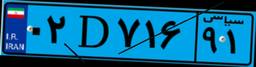
۰۲D۷۱۶۹۱